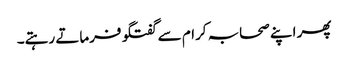
پھر اپنے صحابہ کرام سے گفتگو فرماتے رہتے۔